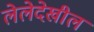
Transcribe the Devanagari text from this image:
लेलेदेखील